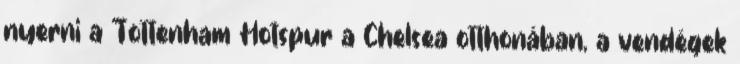
nyerni a Tottenham Hotspur a Chelsea otthonában, a vendégek